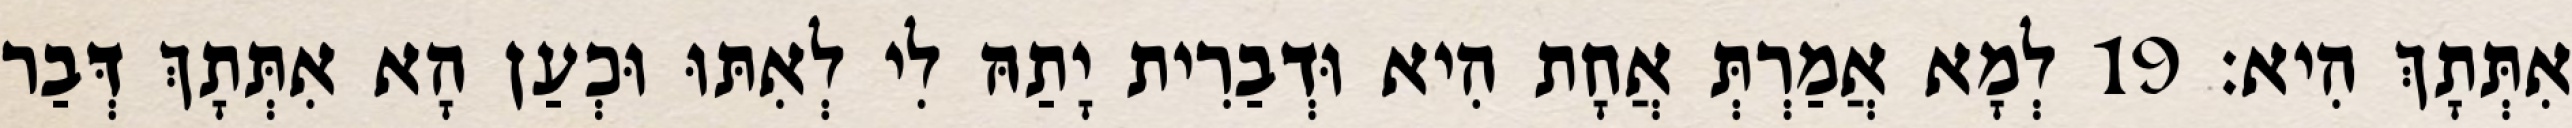
אִתְּתָךְ הִיא׃ 19 לְמָא אֲמַרְתְּ אֲחָת הִיא וּדְבַרִית יָתַהּ לִי לְאִתּוּ וּכְעַן הָא אִתְּתָךְ דְּבַר